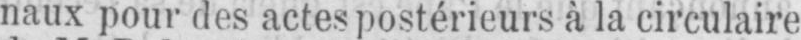
naux pour des actes postérieurs à la circulaire